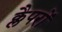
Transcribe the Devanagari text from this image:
क्लैपरों